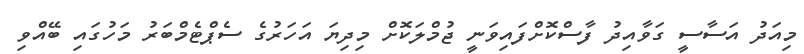
މިއަދު އަސާސީ ގަވާއިދު ފާސްކޮށްފައިވަނީ ޖުމްލަކޮށް މިދިޔަ އަހަރުގެ ސެޕްޓެމްބަރު މަހުގައި ބޭއްވި